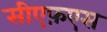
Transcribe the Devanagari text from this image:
सीएफ़एस